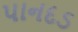
પાનદડ